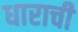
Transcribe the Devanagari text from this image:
धाराची